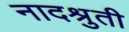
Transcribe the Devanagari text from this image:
नादश्रुती